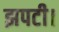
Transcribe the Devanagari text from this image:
झपटी।